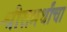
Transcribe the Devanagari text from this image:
श्रीसमर्थांचा